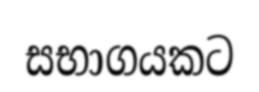
සභාගයකට